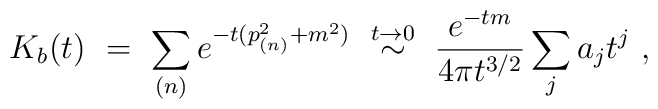
K_b(t)\ =\ \sum_{(n)}e^{-t(p_{(n)}^2+m^2)}\ \stackrel{t\rightarrow 0}{\sim}\ \frac{e^{-tm}}{4\pi t^{3/2}}\sum_j a_jt^j\ ,